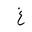
Letter: _gayn